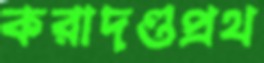
করাদণ্ডপ্রথ